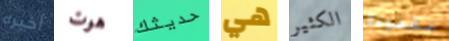
أخيره هوت حديثك هي الكثير مقصودة